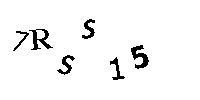
7RSS15